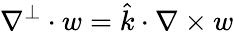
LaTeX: \nabla^{\perp}\cdot w=\hat{k}\cdot\nabla\times w